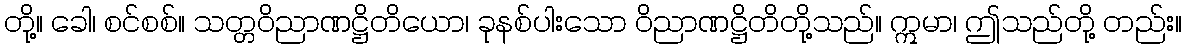
တို့။ ခေါ၊ စင်စစ်။ သတ္တဝိညာဏဋ္ဌိတိယော၊ ခုနစ်ပါးသော ဝိညာဏဋ္ဌိတိတို့သည်။ ဣမာ၊ ဤသည်တို့ တည်း။